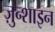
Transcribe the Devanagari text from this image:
ज़ुन्शाइन